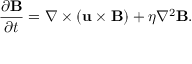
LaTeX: { \frac { \partial \mathbf { B } } { \partial t } } = \nabla \times ( \mathbf { u } \times \mathbf { B } ) + \eta \nabla ^ { 2 } \mathbf { B } .